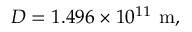
D = 1 . 4 9 6 \times 1 0 ^ { 1 1 } \ \mathrm { m } ,